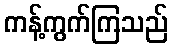
ကန့်ကွက်ကြသည်